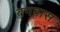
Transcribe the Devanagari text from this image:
बगवास